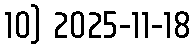
10) 2025-11-18